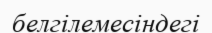
белгілемесіндегі